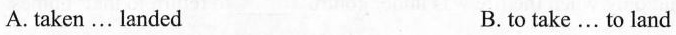
A.taken ... landed B. to take ... to land